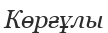
Көрғұлы